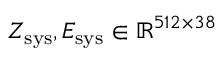
Z _ { \mathrm { s y s } } , E _ { \mathrm { s y s } } \in \mathbb { R } ^ { 5 1 2 \times 3 8 }